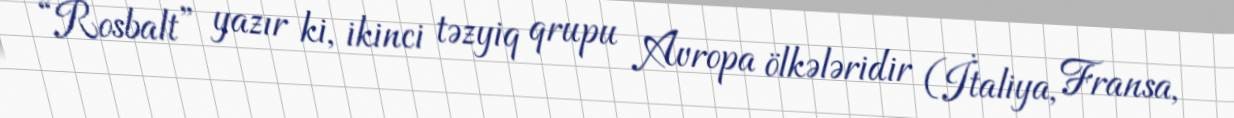
“Rosbalt” yazır ki, ikinci təzyiq qrupu Avropa ölkələridir (İtaliya, Fransa,